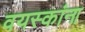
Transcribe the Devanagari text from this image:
वयस्कांना